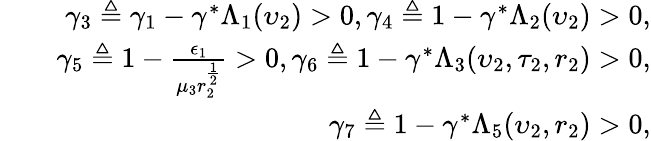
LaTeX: \begin{array}{rlr}&{}&{\gamma_{3}\triangleq\gamma_{1}-\gamma^{*}\Lambda_{1}(\upsilon_{2})>0,\gamma_{4}\triangleq 1-\gamma^{*}\Lambda_{2}(\upsilon_{2})>0,}\\ &{}&{\gamma_{5}\triangleq 1-\frac{\epsilon_{1}}{\mu_{3}r_{2}^{\frac{1}{2}}}>0,\gamma_{6}\triangleq 1-\gamma^{*}\Lambda_{3}(\upsilon_{2},\tau_{2},r_{2})>0,}\\ &{}&{\gamma_{7}\triangleq 1-\gamma^{*}\Lambda_{5}(\upsilon_{2},r_{2})>0,}\end{array}